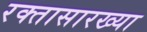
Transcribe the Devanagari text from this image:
रक्तासारख्या